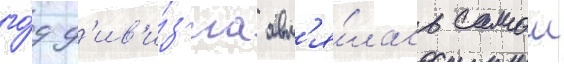
го́д д'ив'и́з'иа явл'я́лась самои